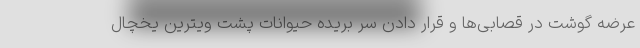
عرضه گوشت در قصابی‌ها و قرار دادن سر بریده حیوانات پشت ویترین یخچال